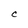
Character: C